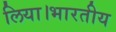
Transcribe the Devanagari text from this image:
लिया।भारतीय